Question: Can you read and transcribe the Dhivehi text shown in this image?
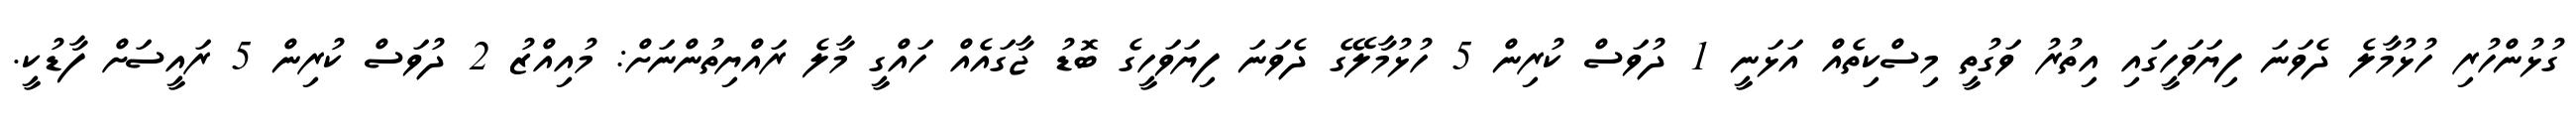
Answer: ގުޅުންހުރި ހުޅުމާލެ ދެވަނަ ފިޔަވަހީގައި އިތުރު ވަގުތީ މިސްކިތެއް އަޅަނީ 1 ދުވަސް ކުރިން 5 ހުޅުމާލޭގެ ދެވަނަ ފިޔަވަހީގެ ބޮޑު ޖާގައެއް ހައްގީ މާލެ ރައްޔިތުންނަށް: މުއިއްޒު 2 ދުވަސް ކުރިން 5 ރައީސަށް ފާޑުކީ.